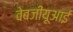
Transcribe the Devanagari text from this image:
वेबजीयूआई